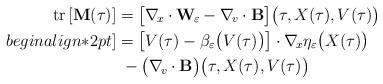
LaTeX: \begin{align*} {\rm tr}\left[\mathbf{M}(\tau)\right] & = \big[\nabla_{\!x}\cdot\mathbf{W_{\!\varepsilon}} - \nabla_{\!v}\cdot\mathbf{B}\big] \big(\tau,X(\tau),V(\tau)\big) \\begin{align*}2pt] & = \big[V(\tau) - \beta_\varepsilon\big(V(\tau)\big)\big]\cdot \nabla_{\!x}\eta_\varepsilon\big(X(\tau)\big) \\ & \; -\big(\nabla_{\!v}\cdot\mathbf{B}\big) \big(\tau,X(\tau),V(\tau)\big) \end{align*}